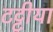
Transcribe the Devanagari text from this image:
टट्टीया